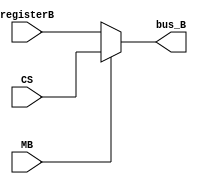
`timescale 1ns / 1ps
//////////////////////////////////////////////////////////////////////////////////
// Company: 
// Engineer: 
// 
// Design Name: 
// Module Name: MUX_B
// Project Name: 
// Target Devices: 
// Tool Versions: 
// Description: 
// 
// Dependencies: 
// 
// Revision:
// Revision 0.01 - File Created
// Additional Comments:
// 
//////////////////////////////////////////////////////////////////////////////////


module MUX_B(registerB,CS,MB,bus_B);
input [7 :0] registerB;
    input [7:0] CS;
    input MB;
    output reg [7:0]bus_B;
    always@(MB or registerB or CS)
    begin
        if(MB == 0)
        begin
            bus_B = registerB;
        end
       else
        begin
            bus_B = CS;
        end
        end
endmodule